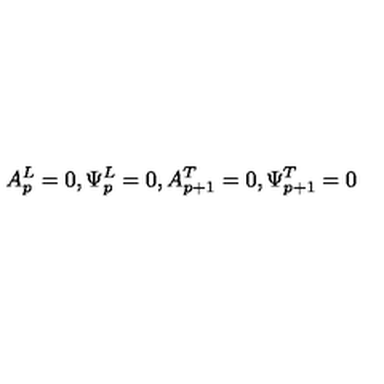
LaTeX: A _ { p } ^ { L } = 0 , \Psi _ { p } ^ { L } = 0 , A _ { p + 1 } ^ { T } = 0 , \Psi _ { p + 1 } ^ { T } = 0